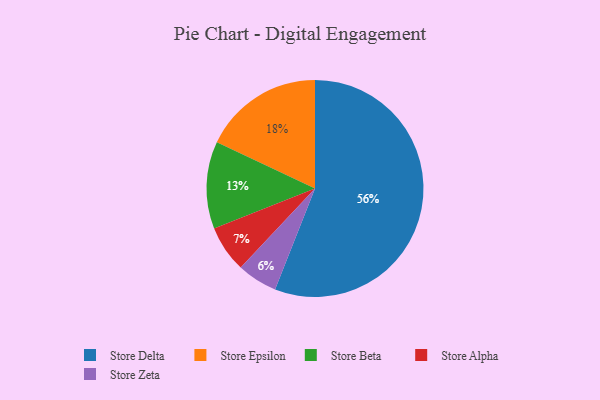
{"axis": {"x": "Category", "y": "Percentage"}, "legend": ["Store Alpha", "Store Beta", "Store Delta", "Store Epsilon", "Store Zeta"], "data": [{"x": "Store Zeta", "y": 6, "type": "Store Zeta"}, {"x": "Store Epsilon", "y": 18, "type": "Store Epsilon"}, {"x": "Store Delta", "y": 56, "type": "Store Delta"}, {"x": "Store Alpha", "y": 7, "type": "Store Alpha"}, {"x": "Store Beta", "y": 13, "type": "Store Beta"}]}